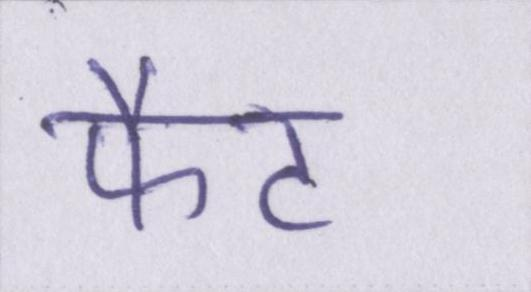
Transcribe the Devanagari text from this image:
फैट